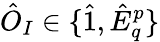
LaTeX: \hat{O}_{I}\in\{ \hat{1},\hat{E}_{q}^{p}\}